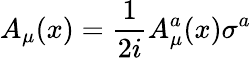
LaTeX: A_{\mu}(x)={\frac{1}{2i}}A_{\mu}^{a}(x)\sigma^{a}